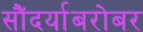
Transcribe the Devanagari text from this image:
सौंदर्याबरोबर